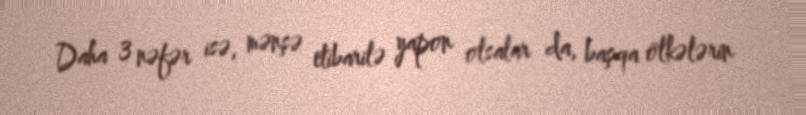
Daha 3 nəfər isə, mənşə etibarilə yapon olsalar da, başqa ölkələrin